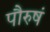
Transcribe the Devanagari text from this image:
पौरुषं